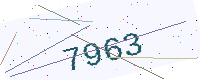
Text: 7963